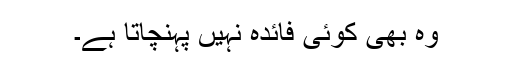
وہ بھی کوئی فائدہ نہیں پہنچاتا ہے۔